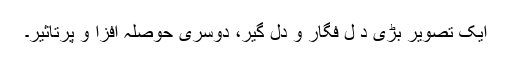
ایک تصویر بڑی د ل فگار و دل گیر، دوسری حوصلہ افزا و پرتاثیر۔